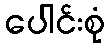
ပေါင်းစုံ